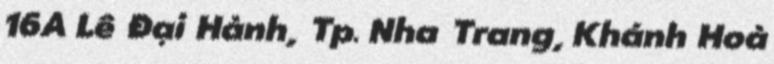
16A Lê Đại Hành, Tp. Nha Trang, Khánh Hoà